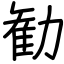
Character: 勧